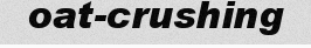
oat-crushing